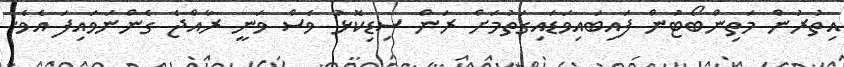
އިތުރުން މަތިންބޯޓުން ފައިބައިވަޑައިގަތުމަށް ރަން ސިޑިކޮޅު ވެސް ވަނީ ރާއްޖެ ގެންނަވައިފަ އެވެ.